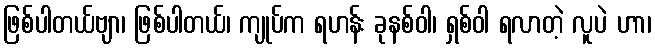
ဖြစ်ပါတယ်ဗျာ၊ ဖြစ်ပါတယ်၊ ကျုပ်က ရဟန်း ခုနစ်ဝါ၊ ရှစ်ဝါ ရလာတဲ့ လူပဲ ဟာ၊